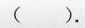
().